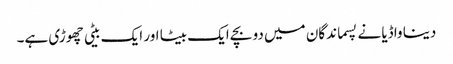
دینا واڈیا نے پسماندگان میں دو بچے ایک بیٹا اور ایک بیٹی چھوڑی ہے۔